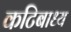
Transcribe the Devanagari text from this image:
कटिबाध्य